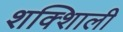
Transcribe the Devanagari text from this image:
शक्शिाली